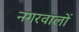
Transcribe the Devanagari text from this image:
नगरवालों